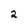
Character: 2